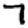
Digit: 7